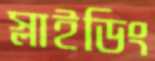
স্লাইডিং